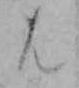
は